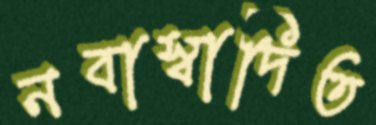
নবাস্বাদিত